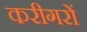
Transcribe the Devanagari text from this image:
करीगरों